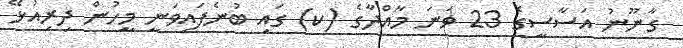
ގާނޫނު އަސާސީގެ 23 ވަނަ މާއްދާގެ (ކ) ގައި ބުނެފައިވަނީ މީހުން ދިރިއުޅޭ